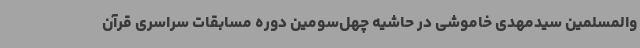
والمسلمین سیدمهدی خاموشی در حاشیه چهل‌سومین دوره مسابقات سراسری قرآن